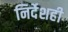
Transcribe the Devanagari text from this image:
निर्देशही